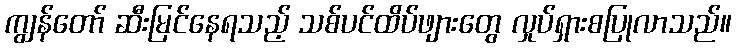
ကျွန်တော် ဆီးမြင်နေရသည့် သစ်ပင်ထိပ်ဖျားတွေ လှုပ်ရှားစပြုလာသည်။